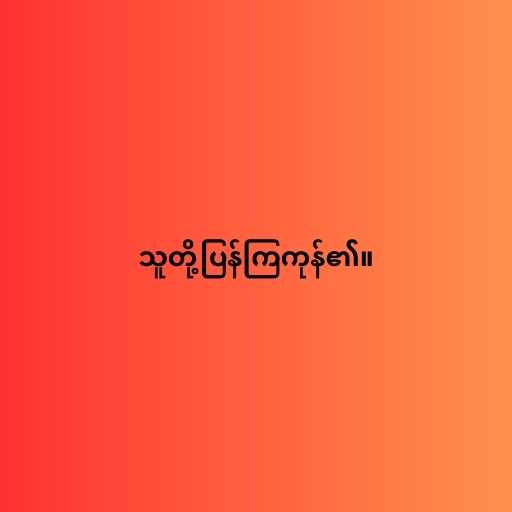
သူတို့ပြန်ကြကုန်၏။